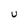
Character: U